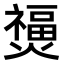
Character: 𤑐